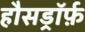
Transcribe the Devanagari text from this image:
हौसड्रॉर्फ़